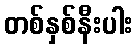
တစ်နှစ်နီးပါး